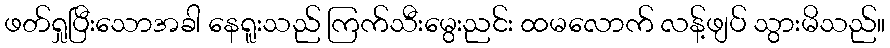
ဖတ်ရှုပြီးသောအခါ နေရူးသည် ကြက်သီးမွေးညင်း ထမလောက် လန့်ဖျပ် သွားမိသည်။